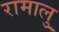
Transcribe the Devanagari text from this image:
रामालु